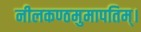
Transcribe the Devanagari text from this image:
नीलकण्ठमुमापतिम्।